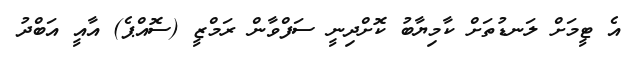
އެ ޓީމަށް ލަނޑުތަށް ކާމިޔާބު ކޮށްދިނީ ސަފްވާން ރަމްޒީ (ސޮއްޕެ) އާއީ އަބްދު